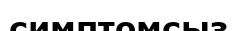
симптомсыз